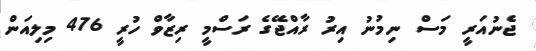
ޖެނުއަރީ މަސް ނިމުނު އިރު ރާއްޖޭގެ ރަސްމީ ރިޒާވް ހުރީ 476 މިލިއަން